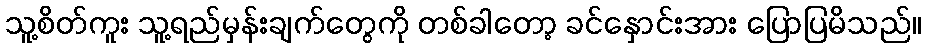
သူ့စိတ်ကူး သူ့ရည်မှန်းချက်တွေကို တစ်ခါတော့ ခင်နှောင်းအား ပြောပြမိသည်။